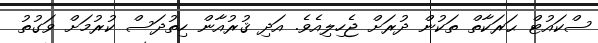
ސްކައުޓް ޙަރަކާތް ތަކުން ދުރަށް ޖެހިލިއެވެ. އަދި ޤުރުއާން ހިތުދަސް ކުރުމަށް ވަގުތު